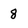
Character: 8